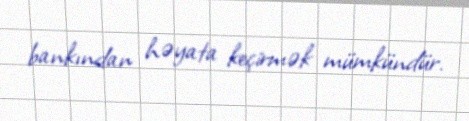
bankından həyata keçirmək mümkündür.